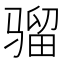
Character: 骝